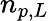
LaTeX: n_{p,L}